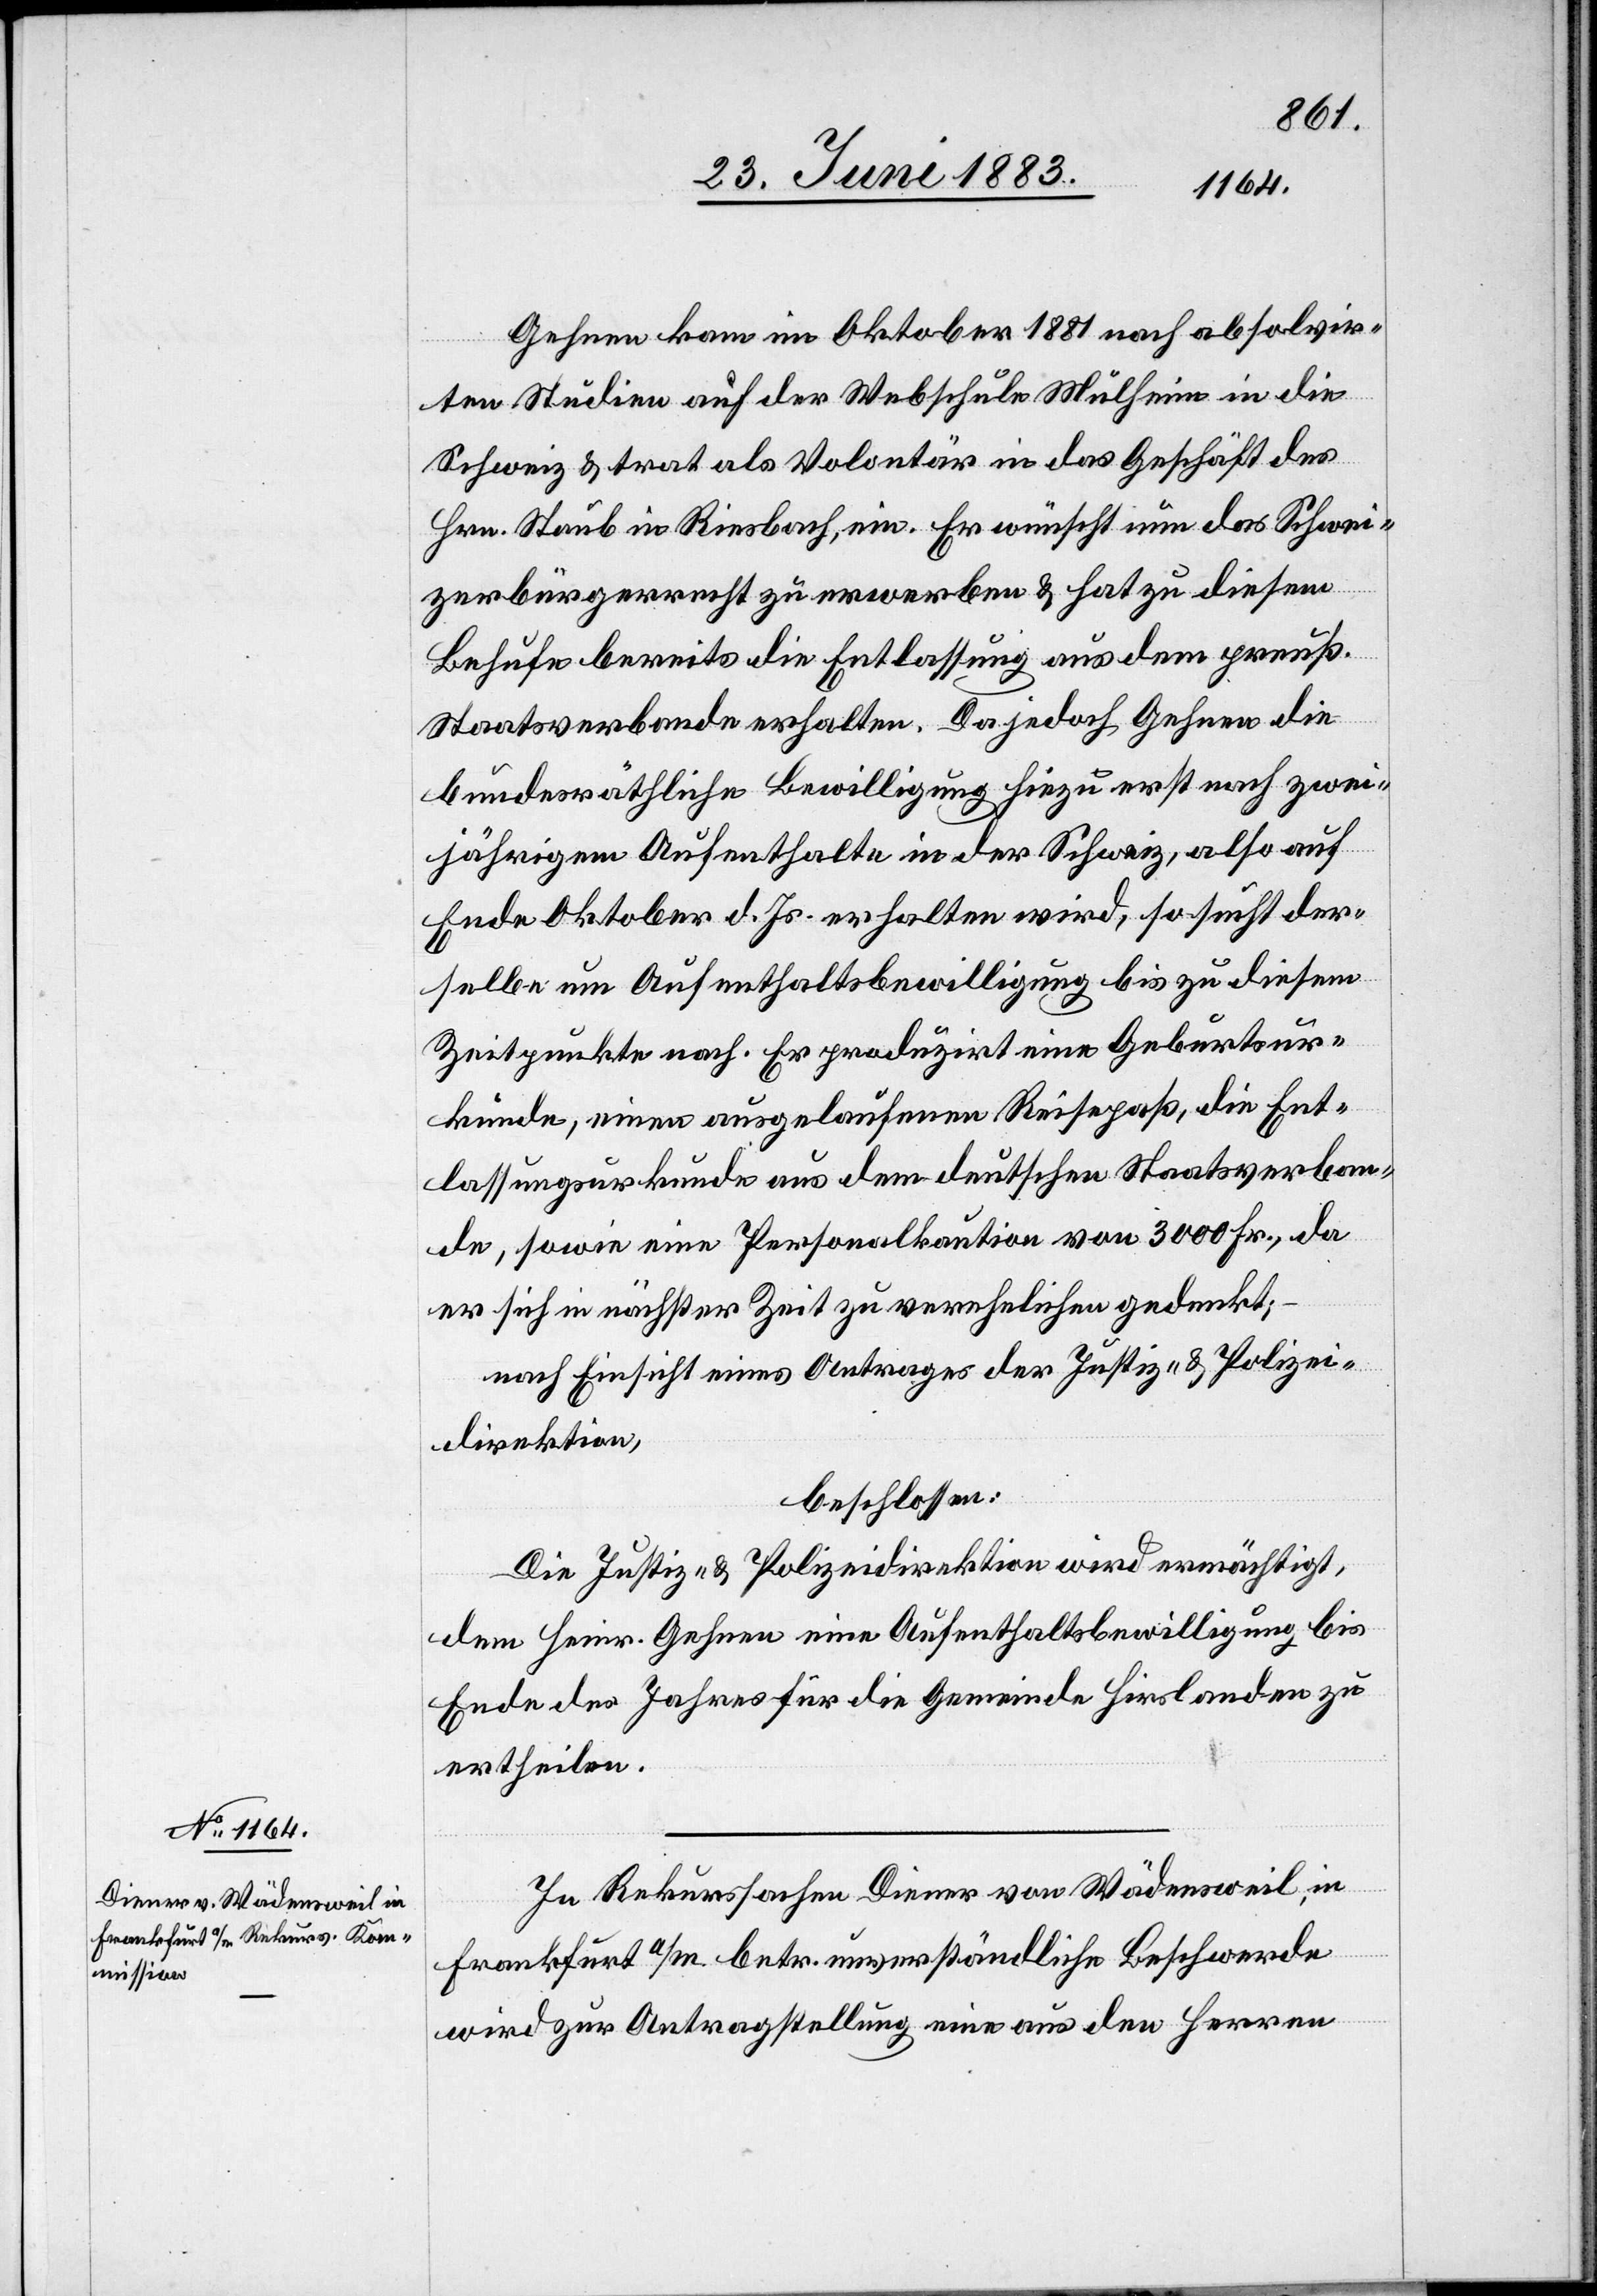
Gehnen kam im Oktober 1881 nach absolvir¬
ten Studien auf der Webschule Mülheim in die
Schweiz & trat als Volontär in das Geschäft des
Hrn. Staub in Riesbach, ein. Er wünscht nun das Schwei¬
zerbürgerrecht zu erwerben & hat zu diesem
Behufe bereits die Entlassung aus dem preuß.
Staatsverbande erhalten. Da jedoch Gehnen die
bundesräthliche Bewilligung hiezu erst nach zwei¬
jährigem Aufenthalte in der Schweiz, also auf
Ende Oktober d. Js. erhalten wird, so sucht der¬
selbe um Aufenthaltsbewilligung bis zu diesem
Zeitpunkte nach. Er produzirt eine Geburtsur¬
kunde, einen ausgelaufenen Reisepaß, die Ent¬
lassungsurkunde aus dem deutschen Staatsverban¬
de, sowie eine Personalkaution von 3000 Fr., da
er sich in nächster Zeit zu verehelichen gedenkt;
nach Einsicht eines Antrages der Justiz- & Polizei¬
direktion,
beschlossen:
Die Justiz- & Polizeidirektion wird ermächtigt,
dem Heinr. Gehnen eine Aufenthaltsbewilligung bis
Ende des Jahres für die Gemeinde Hirslanden zu
ertheilen.
In Rekurssachen Diener von Wädensweil, in
Frankfurt a/M. betr. unverständliche Beschwerde